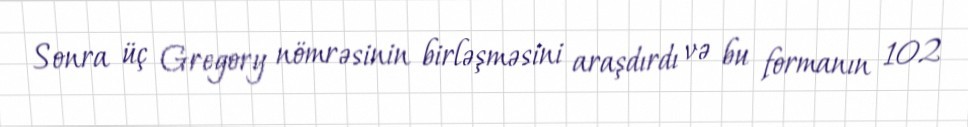
Sonra üç Gregory nömrəsinin birləşməsini araşdırdı və bu formanın 102